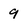
Character: 9